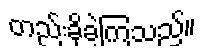
တည်းခိုခဲ့ကြသည်။